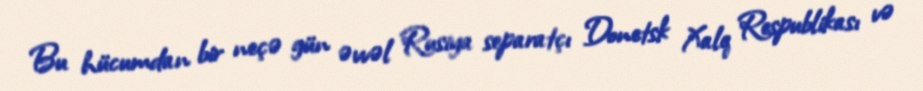
Bu hücumdan bir neçə gün əvvəl Rusiya separatçı Donetsk Xalq Respublikası və